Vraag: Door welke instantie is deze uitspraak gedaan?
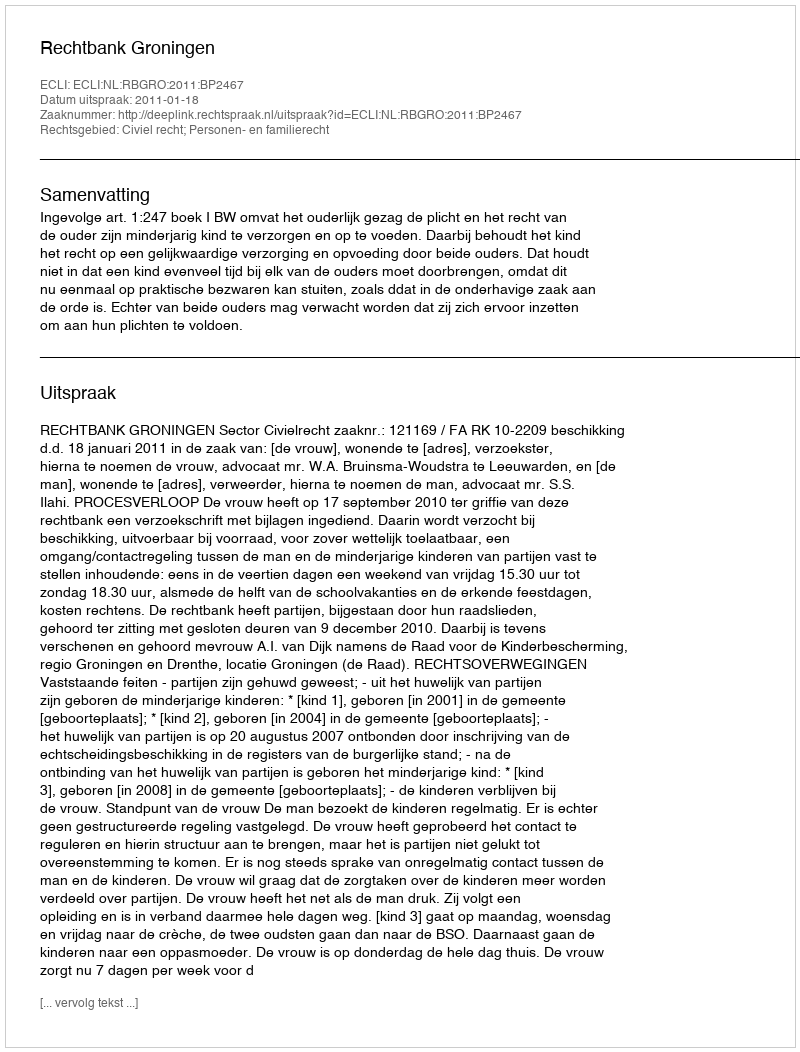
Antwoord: Rechtbank Groningen